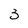
Character: 3